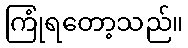
ကြုံရတော့သည်။